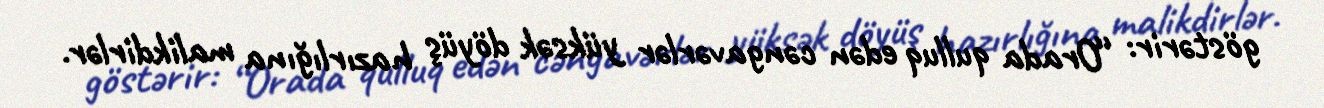
göstərir: “Orada qulluq edən cəngavərlər yüksək döyüş hazırlığına malikdirlər.